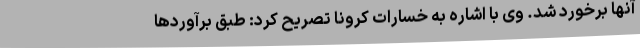
آنها برخورد شد. وی با اشاره به خسارات کرونا تصریح کرد: طبق برآوردها